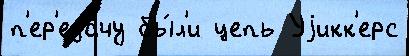
п'ер'еда́чу бы́л'и цепь Уjикк'ерс